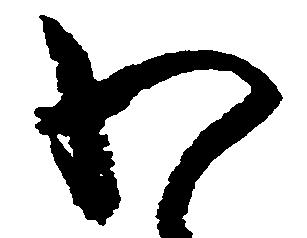
わ